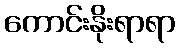
ကောင်းနိုးရာရာ